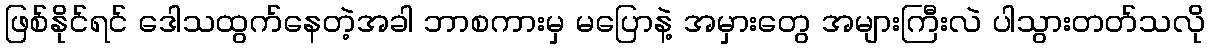
ဖြစ်နိုင်ရင် ဒေါသထွက်နေတဲ့အခါ ဘာစကားမှ မပြောနဲ့ အမှားတွေ အများကြီးလဲ ပါသွားတတ်သလို